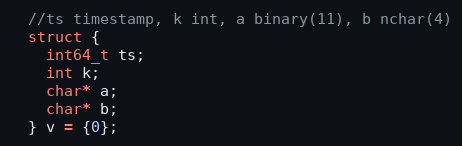
Language: C++
  //ts timestamp, k int, a binary(11), b nchar(4)
  struct {
    int64_t ts;
    int k;
    char* a;
    char* b;
  } v = {0};